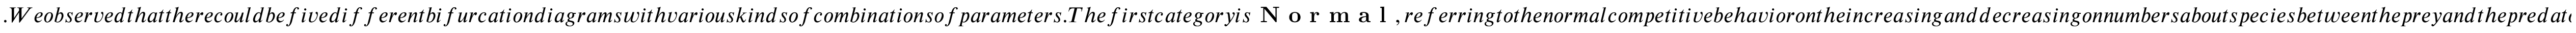
. W e o b s e r v e d t h a t t h e r e c o u l d b e f i v e d i f f e r e n t b i f u r c a t i o n d i a g r a m s w i t h v a r i o u s k i n d s o f c o m b i n a t i o n s o f p a r a m e t e r s . T h e f i r s t c a t e g o r y i s \textbf { N o r m a l } , r e f e r r i n g t o t h e n o r m a l c o m p e t i t i v e b e h a v i o r o n t h e i n c r e a s i n g a n d d e c r e a s i n g o n n u m b e r s a b o u t s p e c i e s b e t w e e n t h e p r e y a n d t h e p r e d a t o r . T h e s e c o n d c a t e g o r y i s \textbf { S t a n d a r d } , r e f e r r i n g t o t h e s t a n d a r d b i f u r c a t i o n d i a g r a m a s s h o w n i n t h e w e l l - k n o w n 1 D l o g i s t i c e q u a t i o n i n t h e p r e y a t t h e a b s e n c e o f t h e p r e d a t o r . T h e t h i r d c a t e g o r y i s n a m e d a s \textbf { P a r a c l e t e } , r e f e r r i n g t o o v e r l a p p i n g s t r u c t u r e i n t h e b i f u r c a t i o n d i a g r a m o f t h e p r e y . T h e f o u r t h c a t e g o r y i s \textbf { E x t i n c t i o n } , c o n n o t i n g t o e x t i n c t i o n o f t h e p r e d a t o r w h e n t h e p r e y b e c o m e s c h a o t i c . T h e l a s t c a t e g o r y i s \textbf { V o r t i c e l l a S t r a n g e } , m e a n i n g t h a t t h e b i f u r c a t i o n d i a g r a m r e s e m b l e s t h e s h a p e o f a v o r t i c e l l a b u t w i t h m o r e c o m p l e x i n n e r s t r u c t u r e s b e f o r e t h e t w o s p e c i e s b e c o m e c h a o t i c a t t h e s a m e t i m e . C a t e g o r i e s a n d p a r a m e t e r s w e r e s u m m a r i z e d i n T a b l e